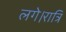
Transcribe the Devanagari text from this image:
लगे।रात्रि